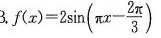
Bf $$f(x)=2 \sin ( \pi x- \frac{2 \pi }{3})$$ $$